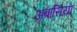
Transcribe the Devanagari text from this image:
अबासिया